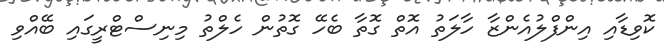
ކޮވިޑާއި އިންފްލުއެންޒާ ހާލަތު އޮތް ގޮތާ ބެހޭ ގޮތުން ހެލްތު މިނިސްޓްރީގައި ބޭއްވި